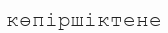
көпіршіктене